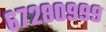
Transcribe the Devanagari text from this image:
६७२८०९९९